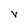
Character: v